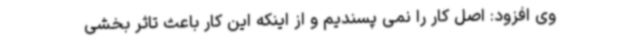
وی افزود: اصل کار را نمی پسندیم و از اینکه این کار باعث تاثر بخشی